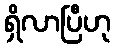
ရှိလာပြီဟု